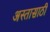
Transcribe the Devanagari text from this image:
अस्तासाठी